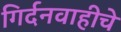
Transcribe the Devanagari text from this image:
गिर्दनवाहीचे